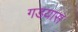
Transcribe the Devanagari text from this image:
गडयास